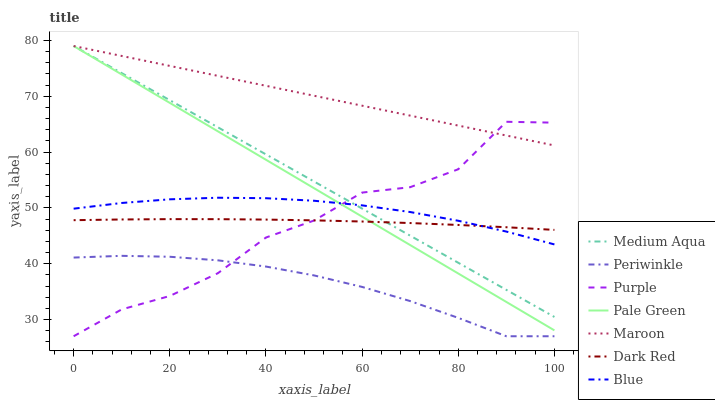
| xaxis_label | Medium Aqua | Periwinkle | Purple | Pale Green | Maroon | Dark Red | Blue |
 | --- | --- | --- | --- | --- | --- | --- | --- |
 | 0 | 79 | 41.1 | 27 | 79 | 79 | 47.8 | 49.9 |
 | 10 | 74.1 | 41.4 | 31.8 | 73.9 | 77.2 | 47.9 | 50.9 |
 | 20 | 69.3 | 41.2 | 34.2 | 68.8 | 75.4 | 48 | 51.5 |
 | 30 | 64.4 | 40.6 | 38.3 | 63.7 | 73.7 | 48 | 51.8 |
 | 40 | 59.6 | 39.5 | 44.7 | 58.6 | 71.9 | 47.9 | 51.7 |
 | 50 | 54.7 | 37.9 | 47.7 | 53.5 | 70.1 | 47.8 | 51.3 |
 | 60 | 49.9 | 35.8 | 52.7 | 48.4 | 68.3 | 47.6 | 50.5 |
 | 70 | 45 | 33.3 | 53.7 | 43.3 | 66.5 | 47.3 | 49.3 |
 | 80 | 40.2 | 30.3 | 56.9 | 38.2 | 64.7 | 46.9 | 47.7 |
 | 90 | 35.3 | 27 | 65.4 | 33.1 | 63 | 46.5 | 45.8 |
 | 100 | 30.5 | 27 | 65.3 | 28.1 | 61.2 | 46.1 | 43.5 |